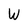
Character: W